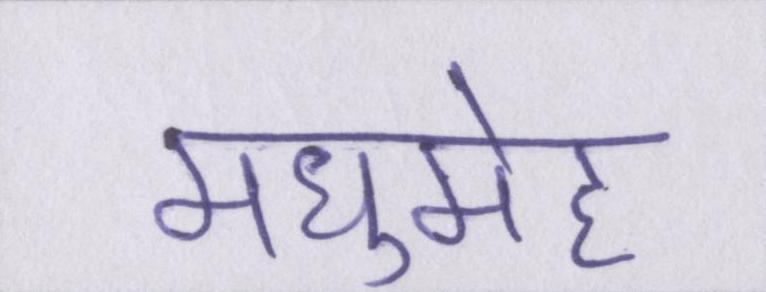
मधुमेह